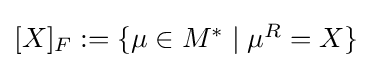
{\textstyle [X]_{F}:=\{\mu \in M^{\ast }\mid \mu ^{R}=X\}}